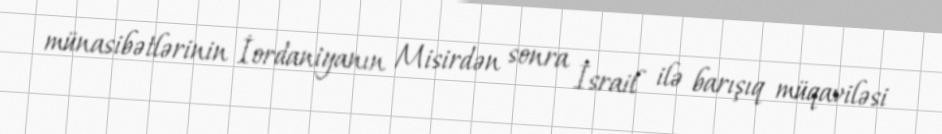
münasibətlərinin İordaniyanın Misirdən sonra İsrail ilə barışıq müqaviləsi